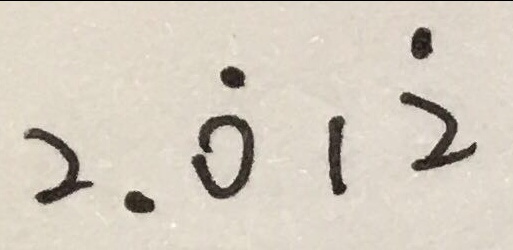
2 . \dot { 0 } 1 \dot { 2 }